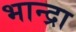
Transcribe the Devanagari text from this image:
भान्द्रा